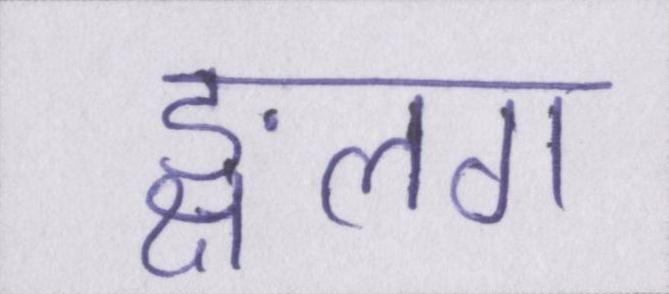
ङ्क्षलग